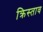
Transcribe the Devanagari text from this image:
क्रिस्ताव